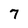
Character: 7